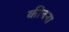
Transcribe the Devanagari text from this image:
कीतना